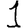
Digit: 1